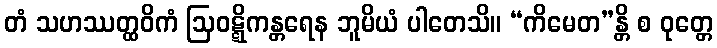
တံ သဟဿတ္ထဝိကံ ဩဝဋ္ဋိကန္တရေန ဘူမိယံ ပါတေသိ။ “ကိမေတ”န္တိ စ ဝုတ္တေ